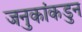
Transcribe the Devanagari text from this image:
जनुकांकडुन